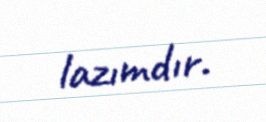
lazımdır.